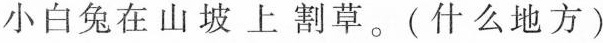
小白兔在山坡上割草。(什么地方)